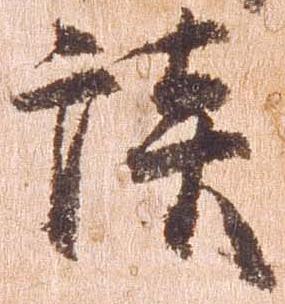
談